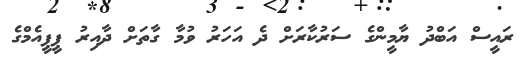
ރައީސް އަބްދު ޔާމީންގެ ސަރުކާރަށް ދެ އަހަރު ވުމާ ގާތަށް ދާއިރު ޕީޕީއެމްގެ